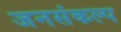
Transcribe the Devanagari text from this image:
जनसंकल्प